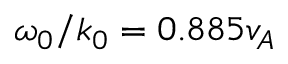
\omega _ { 0 } / k _ { 0 } = 0 . 8 8 5 v _ { A }